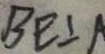
B E \bot